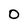
Character: O